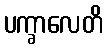
ပက္ခာလေတိ